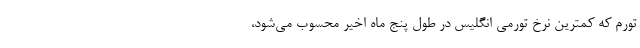
تورم که کمترین نرخ تورمی انگلیس در طول پنج ماه اخیر محسوب می‌شود،